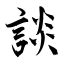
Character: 談